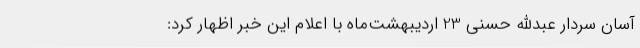
آسان سردار عبدالله حسنی 23 اردیبهشت‌ماه با اعلام این خبر اظهار کرد: